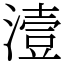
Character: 潱